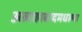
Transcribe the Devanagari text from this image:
अलाहाबादमधल्या